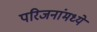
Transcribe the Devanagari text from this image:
परिजनांमध्ये